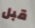
قبل